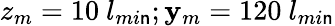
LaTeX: z_{m}=10~l_{mi\mathsf{n}};\mathbf{y}_{m}=120~l_{mi\mathsf{n}}